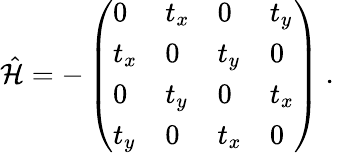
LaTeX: \hat{\mathcal{H}}=-\left(\begin{array}{llll}{0}&{t_{x}}&{0}&{t_{y}}\\ {t_{x}}&{0}&{t_{y}}&{0}\\ {0}&{t_{y}}&{0}&{t_{x}}\\ {t_{y}}&{0}&{t_{x}}&{0}\end{array}\right)\mathrm{~.~}